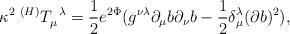
LaTeX: \begin{align*}{\kappa }^2\;^{(H)}T_\mu ^{\;\;\lambda }=\frac 12e^{2\Phi }(g^{\nu \lambda}\partial _\mu b\partial _\nu b-\frac 12\delta _\mu ^\lambda (\partial b)^2),\end{align*}